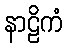
နာဠိကံ